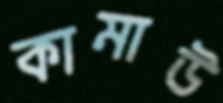
কামাউ